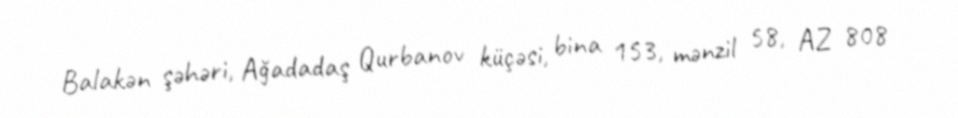
Balakən şəhəri, Ağadadaş Qurbanov küçəsi, bina 153, mənzil 58, AZ 808